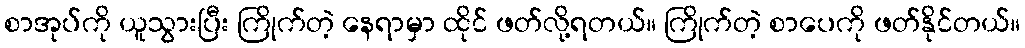
စာအုပ်ကို ယူသွားပြီး ကြိုက်တဲ့ နေရာမှာ ထိုင် ဖတ်လို့ရတယ်။ ကြိုက်တဲ့ စာပေကို ဖတ်နိုင်တယ်။